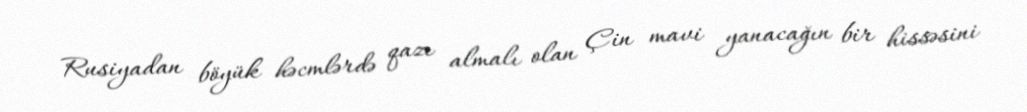
Rusiyadan böyük həcmlərdə qazı almalı olan Çin mavi yanacağın bir hissəsini